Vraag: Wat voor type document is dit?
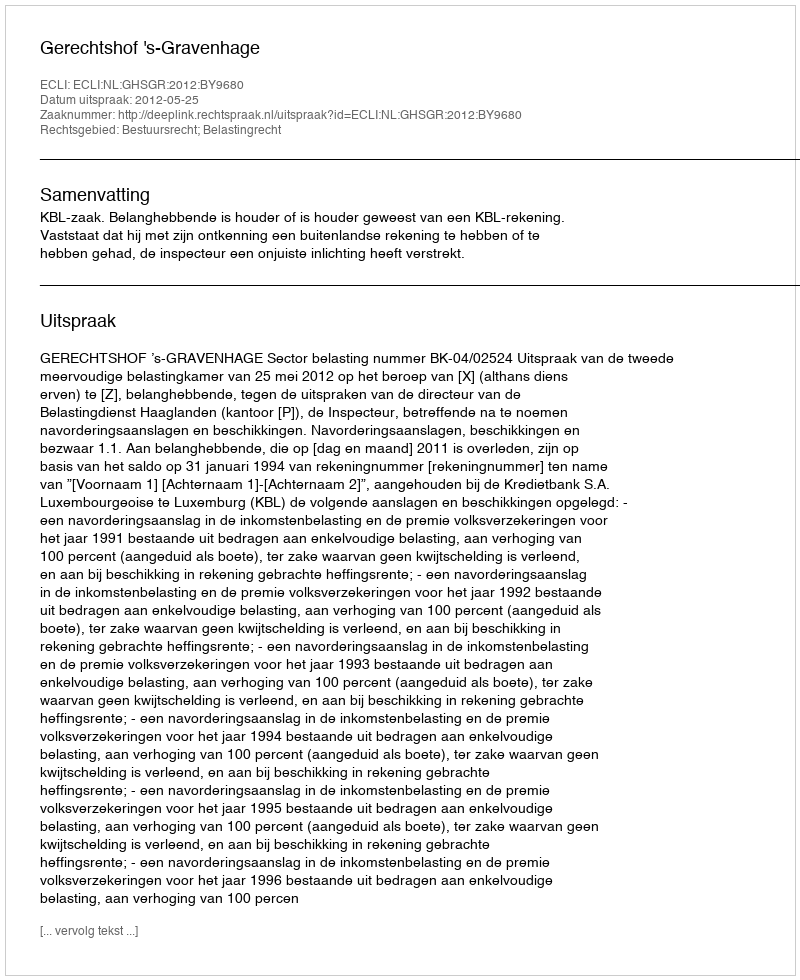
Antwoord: Uitspraak